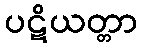
ပဋိယတ္တာ